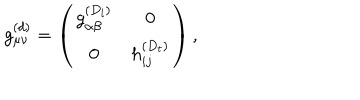
g _ { \mu \nu } ^ { ( d ) } = \left( \begin{array} { c c } { { g _ { \alpha \beta } ^ { ( D _ { l } ) } } } & { { 0 } } \\ { { 0 } } & { { h _ { i j } ^ { ( D _ { t } ) } } } \\ \end{array} \right) ,